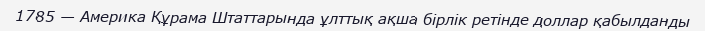
1785 — Америка Құрама Штаттарында ұлттық ақша бірлік ретінде доллар қабылданды